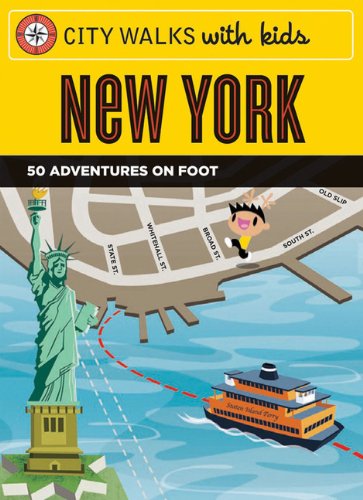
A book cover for City Walks with Kids: New York: 50 Adventures on Foot; Elissa Stein; Travel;